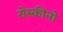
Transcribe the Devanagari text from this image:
रोस्कीनो